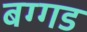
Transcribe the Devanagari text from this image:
बग्‍गड